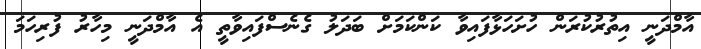
އާމްދަނީ އިތުރުކުރަން ހުށަހަޅާފައިވާ ކަންކަމަށް ބަދަލު ގެނެސްފައިވާތީ އެ އާމްދަނީ މިހާރު ފުރިހަމަ